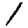
Digit: 1